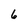
Character: 6